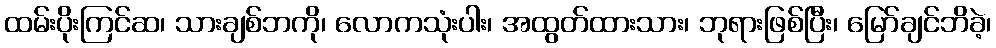
ထမ်းပိုးကြင်ဆ၊ သားချစ်ဘကို၊ လောကသုံးပါး၊ အထွတ်ထားသား၊ ဘုရားဖြစ်ပြီး၊ မြော်ချင်ဘိခဲ့၊